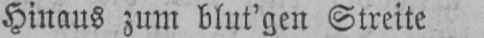
Hinaus zum blut’gen Streite